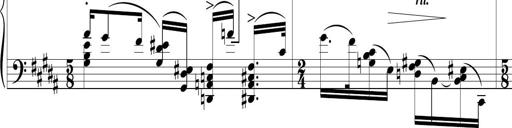
Title: Sonatine MÃ©lancolique
Composer: Julian Raoul Besset